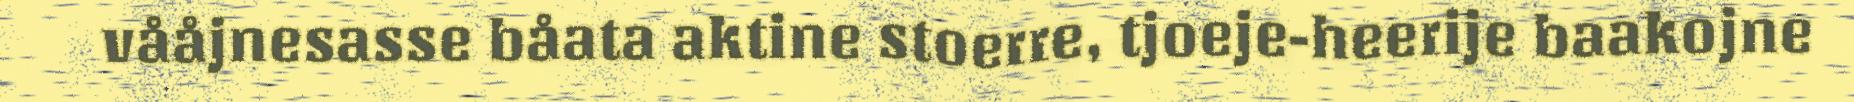
vååjnesasse båata aktine stoerre, tjoeje-heerije baakojne